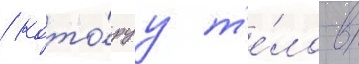
/ кото́руу т'е́ло в